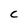
Character: c